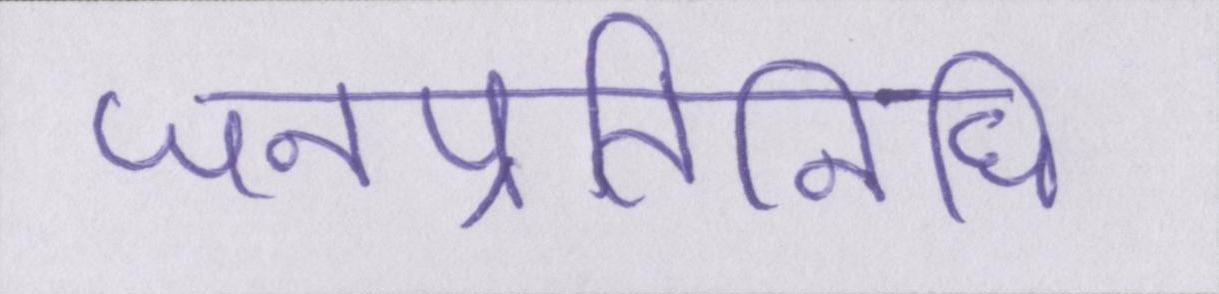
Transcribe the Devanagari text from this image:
जनप्रतिनिधि